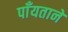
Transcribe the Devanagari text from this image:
पाँयताने